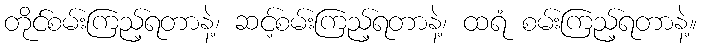
တိုင်စမ်းကြည့်ရတာနဲ့၊ ဆင့်စမ်းကြည့်ရတာနဲ့၊ ထရံ စမ်းကြည့်ရတာနဲ့။